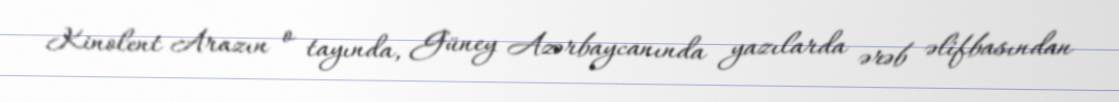
Kinolent Arazın o tayında, Güney Azərbaycanında yazılarda ərəb əlifbasından